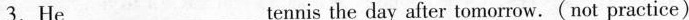
3.He___tennis the day after tomorrow. ( not practice)